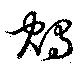
鴪